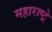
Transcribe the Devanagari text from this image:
महाराष्ट्रे